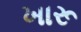
ખારૂ